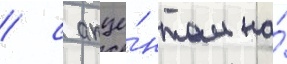
/ с акце́нтом на́